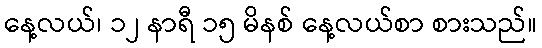
နေ့လယ်၊ ၁၂ နာရီ ၁၅ မိနစ် နေ့လယ်စာ စားသည်။